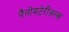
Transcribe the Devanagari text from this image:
नैनोमटेरीअल्स